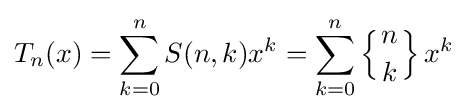
T_{n}(x)=\sum _{k=0}^{n}S(n,k)x^{k}=\sum _{k=0}^{n}\left\{{n \atop k}\right\}x^{k}